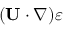
( { \bf { U } } \cdot \nabla ) \varepsilon